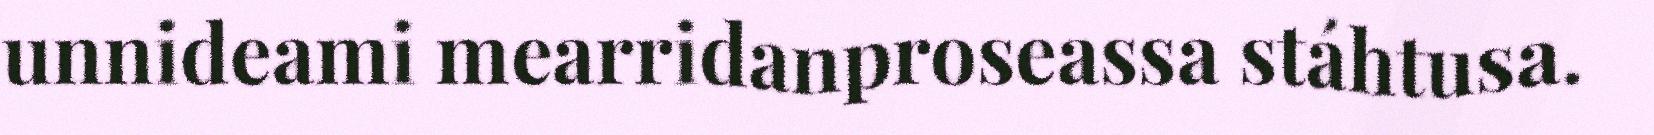
unnideami mearridanproseassa stáhtusa.